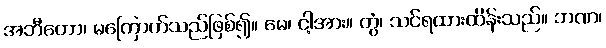
အဘီတော၊ မကြောက်သည်ဖြစ်၍။ မေ၊ ငါ့အား။ တွံ၊ သင်ရထားထိန်းသည်။ ဘဏ၊